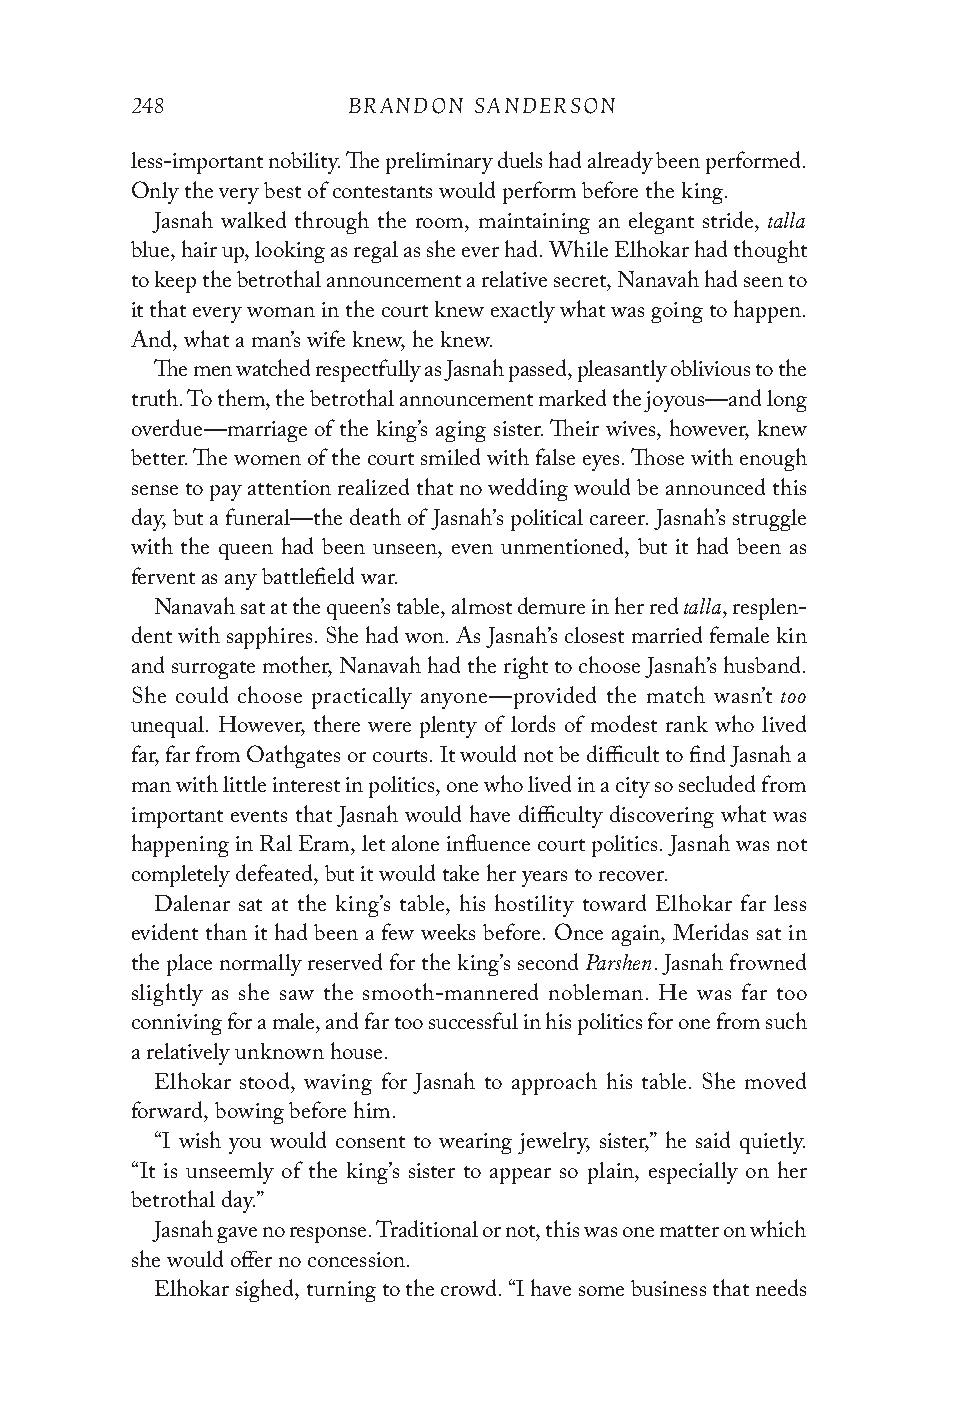
248           BRANDON SANDERSON
 less-important nobility. The preliminary duels had already been performed.
 Only the very best of contestants would perform before the king.
 talla
 Jasnah walked through the room, maintaining an elegant stride,
 blue, hair up, looking as regal as she ever had. While Elhokar had thought
 to keep the betrothal announcement a relative secret, Nanavah had seen to
 it that every woman in the court knew exactly what was going to happen.
 And, what a man’s wife knew, he knew.
 The men watched respectfully as Jasnah passed, pleasantly oblivious to the
 truth. To them, the betrothal announcement marked the joyous—and long
 overdue—marriage of the king’s aging sister. Their wives, however, knew
 better. The women of the court smiled with false eyes. Those with enough
 sense to pay attention realized that no wedding would be announced this
 day, but a funeral—the death of Jasnah’s political career. Jasnah’s struggle
 with the queen had been unseen, even unmentioned, but it had been as
 fervent as any battlefield war.
 talla
 Nanavah sat at the queen’s table, almost demure in her red , resplen-
 dent with sapphires. She had won. As Jasnah’s closest married female kin
 and surrogate mother, Nanavah had the right to choose Jasnah’s husband.
 too
 She could choose practically anyone—provided the match wasn’t
 unequal. However, there were plenty of lords of modest rank who lived
 far, far from Oathgates or courts. It would not be difficult to find Jasnah a
 man with little interest in politics, one who lived in a city so secluded from
 important events that Jasnah would have difficulty discovering what was
 happening in Ral Eram, let alone influence court politics. Jasnah was not
 completely defeated, but it would take her years to recover.
 Dalenar sat at the king’s table, his hostility toward Elhokar far less
 evident than it had been a few weeks before. Once again, Meridas sat in
 Parshen
 the place normally reserved for the king’s second . Jasnah frowned
 slightly as she saw the smooth-mannered nobleman. He was far too
 conniving for a male, and far too successful in his politics for one from such
 a relatively unknown house.
 Elhokar stood, waving for Jasnah to approach his table. She moved
 forward, bowing before him.
 “I wish you would consent to wearing jewelry, sister,” he said quietly.
 “It is unseemly of the king’s sister to appear so plain, especially on her
 betrothal day.”
 Jasnah gave no response. Traditional or not, this was one matter on which
 she would offer no concession.
 Elhokar sighed, turning to the crowd. “I have some business that needs